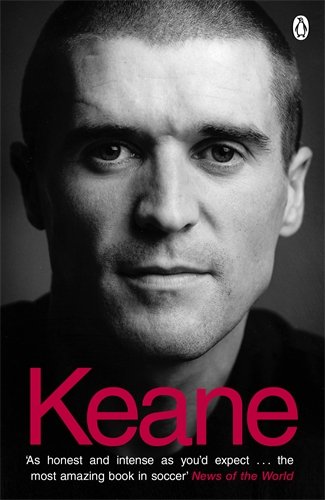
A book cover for Keane: The Autobiography; Roy Keane; Biographies & Memoirs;